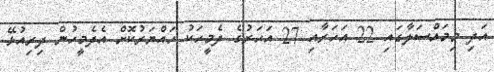
އަދި މިމައްސަލާގައި 22 އަހަރާއި 27 އަހަރުގެ ދެމީހަކު ހައްޔަރުކޮށް އެދެމީހުން ދިރިއުޅޭ